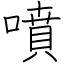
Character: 噴